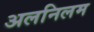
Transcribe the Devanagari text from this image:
अलनिलम